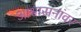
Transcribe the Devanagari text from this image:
आश्वासनांवर